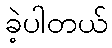
ခဲ့ပါတယ်